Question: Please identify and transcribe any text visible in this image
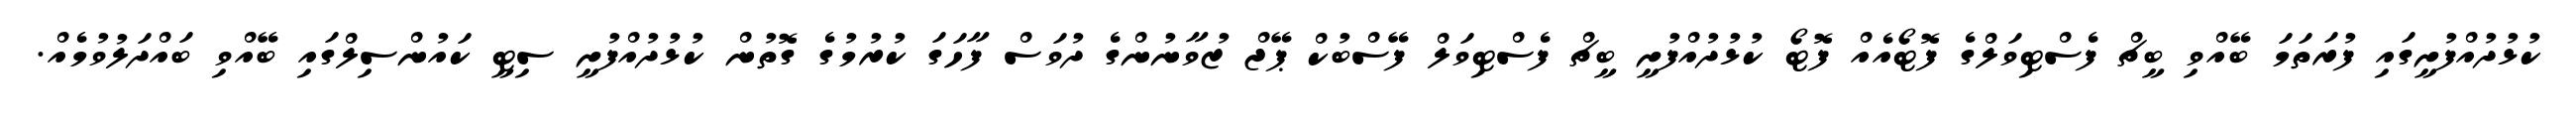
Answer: ކުޅުދުއްފުށީގައި ފުރަތަމަ ބޭއްވި ބީޗް ފެސްޓިވަލްގެ ފޮޓޯއެއް ފޮޓޯ ކުޅުދުއްފުށީ ބީޗް ފެސްޓިވަލް ފޭސްބުކް ޕޭޖް ޒުވާނުންގެ ދުވަސް ފާހަގަ ކުރުމުގެ ގޮތުން ކުޅުދުއްފުށީ ސިޓީ ކައުންސިލްގައި ބޭއްވި ބައްދަލުވުމެއް.